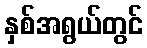
နှစ်အရွယ်တွင်